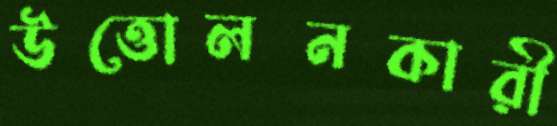
উত্তোলনকারী